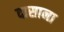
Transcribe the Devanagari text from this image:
दासाना